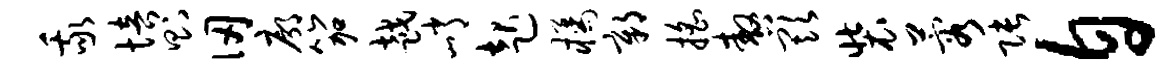
我培则仞廓笳越峭起橘鄣摇嗷欺装蓉张自